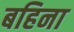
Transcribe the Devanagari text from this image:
बहिना